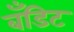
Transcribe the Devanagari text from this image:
बँडिट